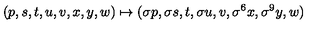
( p , s , t , u , v , x , y , w ) \mapsto ( \sigma p , \sigma s , t , \sigma u , v , \sigma ^ { 6 } x , \sigma ^ { 9 } y , w )